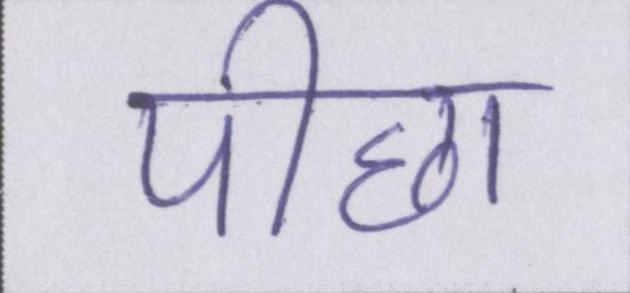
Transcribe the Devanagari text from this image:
पीछा